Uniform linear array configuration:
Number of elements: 32
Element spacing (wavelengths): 1
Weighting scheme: hamming
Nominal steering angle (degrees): -60
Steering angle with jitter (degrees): -60.832
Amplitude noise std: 0.05
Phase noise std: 0.05

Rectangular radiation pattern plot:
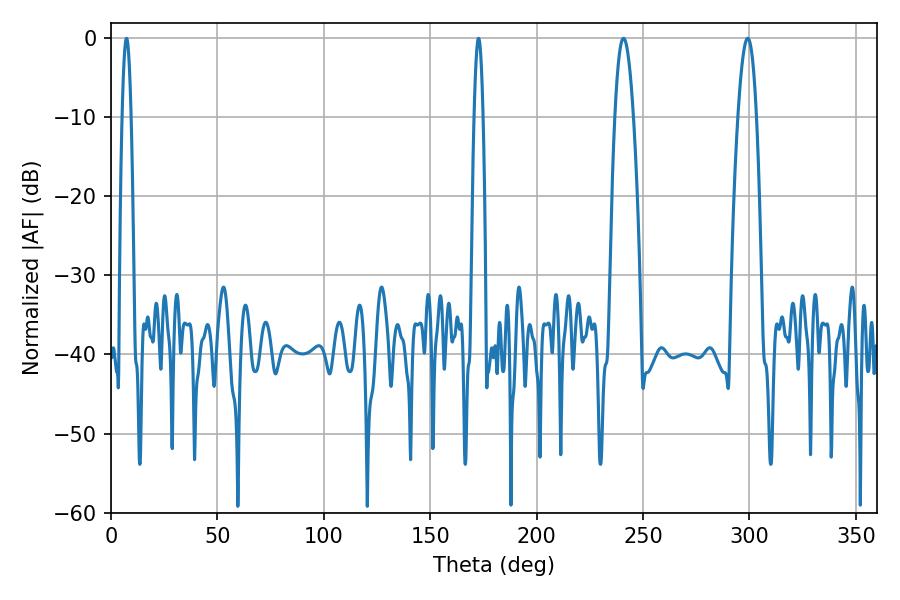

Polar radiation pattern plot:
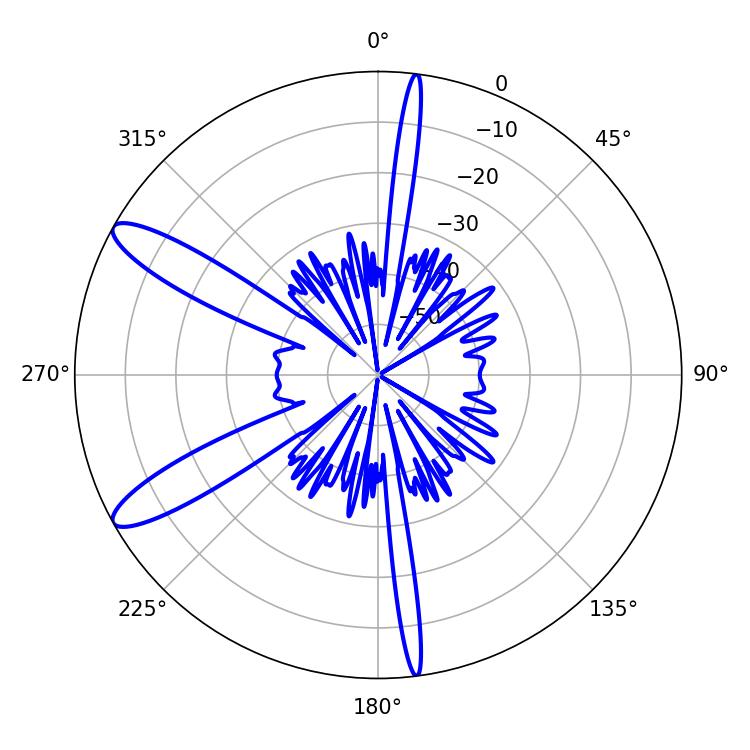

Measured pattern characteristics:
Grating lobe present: TRUE
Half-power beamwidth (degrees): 4.86
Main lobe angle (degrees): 240.84